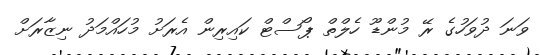
ވަނަ ދުވަހުގެ ރޭ މުންޑޫ ހެލްތް ޕޯސްޓް ކައިރިން އެރަށު މުހައްމަދު ނިޒާރަށް